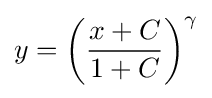
y=\left({\frac {x+C}{1+C}}\right)^{\gamma }